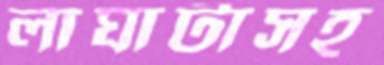
লাঘাটাসহ